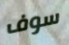
سوف